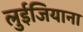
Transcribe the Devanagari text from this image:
लुईजियाना